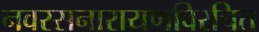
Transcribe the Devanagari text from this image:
नवरसनारायणविरचित